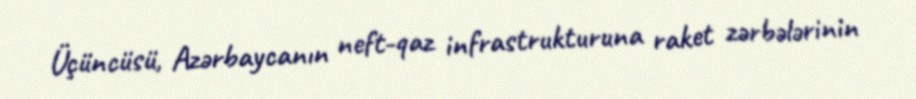
Üçüncüsü, Azərbaycanın neft-qaz infrastrukturuna raket zərbələrinin